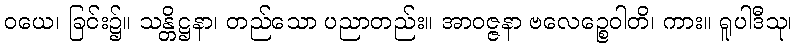
ဝယေ၊ ခြင်း၌။ သန္တိဋ္ဌနာ၊ တည်သော ပညာတည်း။ အာဝဇ္ဇနာ ဗလေဉ္စေဝါတိ၊ ကား။ ရူပါဒီသု၊